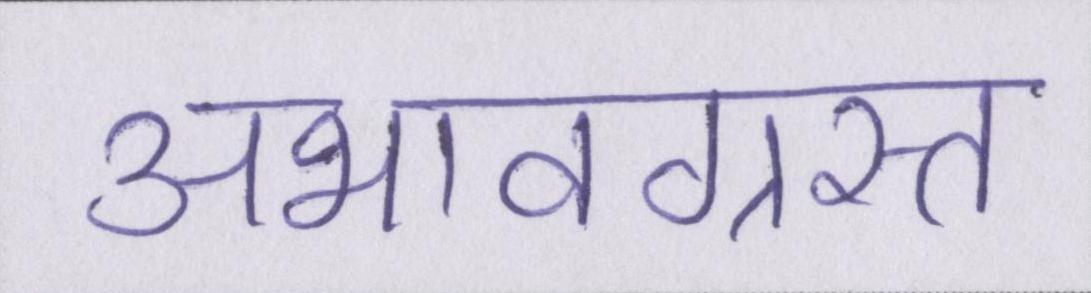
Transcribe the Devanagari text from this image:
अभावग्रस्त